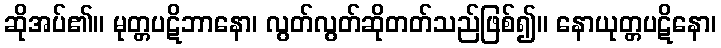
ဆိုအပ်၏။ မုတ္တပဋိဘာနော၊ လွတ်လွတ်ဆိုတတ်သည်ဖြစ်၍။ နောယုတ္တပဋိနော၊